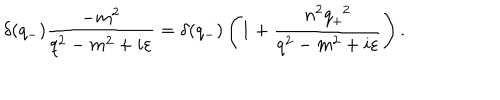
{ \delta } ( q _ { - } ) \frac { - m ^ { 2 } } { q ^ { 2 } - m ^ { 2 } + i { \varepsilon } } = { \delta } ( q _ { - } ) \left( 1 + \frac { n ^ { 2 } q _ { + } ^ { \; \; 2 } } { q ^ { 2 } - m ^ { 2 } + i { \varepsilon } } \right) .